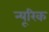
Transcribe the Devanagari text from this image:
न्यूरिक